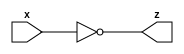
module taskAndFunction (input [7:0] x, output [7:0] z);
	assign z = ~x;
endmodule